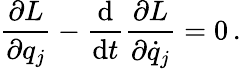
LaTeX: {\frac{\partial L}{\partial q_{j}}}-{\frac{\mathrm{d}}{\mathrm{d}t}}{\frac{\partial L}{\partial{\dot{q}}_{j}}}=0\, .